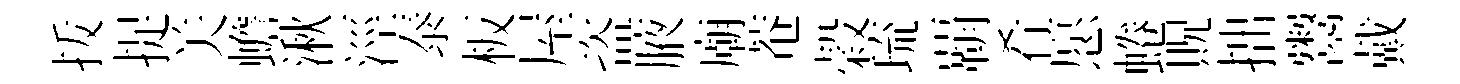
㧞捉关蟾湫涇泰板屋盗腋廟菴榖琉覇肴愿蜷貺拙鬻戴